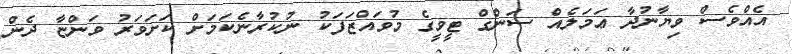
އެއްވެސް ވިޔާނުދާ ޢަމަލެއް ސަންގް ޓީވީގެ މުވައްޒަފަކު ނުކުރާނެކަމަށް ކަށަވަރު ވަންޏާ ދެން